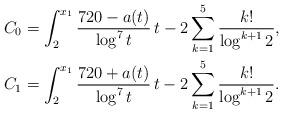
LaTeX: \begin{align*}C_0 &= \int_2^{x_1} \frac{720 - a(t)}{\log^7 t} \, t - 2\sum_{k=1}^5 \frac{k!}{\log^{k+1}2}, \\C_1 &= \int_2^{x_1} \frac{720 + a(t)}{\log^7 t} \, t - 2\sum_{k=1}^5 \frac{k!}{\log^{k+1}2}. \end{align*}